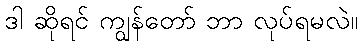
ဒါ ဆိုရင် ကျွန်တော် ဘာ လုပ်ရမလဲ။